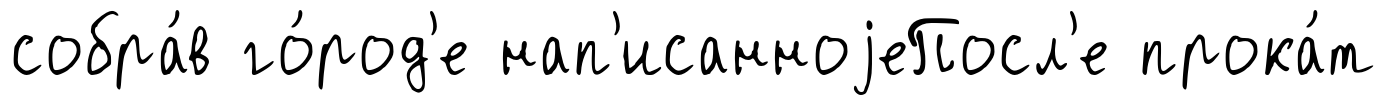
собра́в го́род'е нап'исанноjеПосл'е прока́т